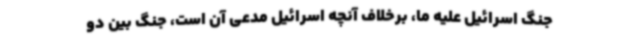
جنگ اسرائیل علیه ما، برخلاف آنچه اسرائیل مدعی آن است، جنگ بین دو